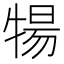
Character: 𬌤